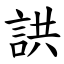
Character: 鿁